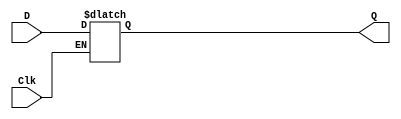
/* pg 389 - D latch */

module bm_DL_D_latch(D, Clk, Q);
	input D, Clk;
	output Q;
	reg Q;
	
	always @(D or Clk)
		if (Clk)
			Q = D;
endmodule